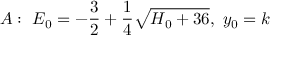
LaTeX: A : ~ E _ { 0 } = - { \frac { 3 } { 2 } } + { \frac { 1 } { 4 } } \sqrt { H _ { 0 } + 3 6 } , ~ y _ { 0 } = k